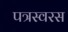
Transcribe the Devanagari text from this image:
पत्रस्वरस